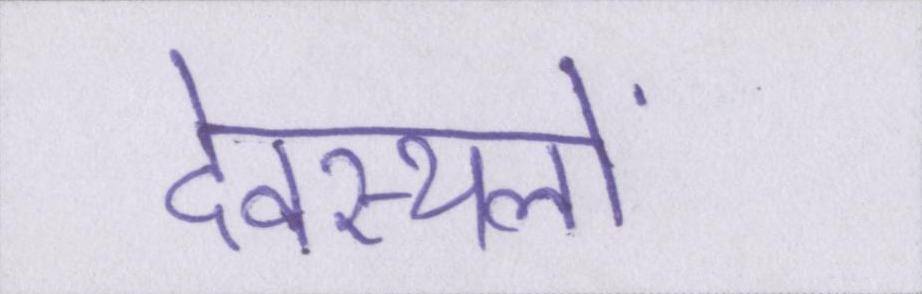
देवस्थलों